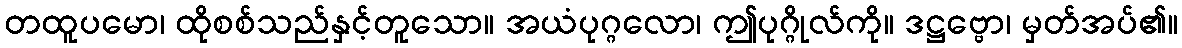
တထူပမော၊ ထိုစစ်သည်နှင့်တူသော။ အယံပုဂ္ဂလော၊ ဤပုဂ္ဂိုလ်ကို။ ဒဋ္ဌဗ္ဗော၊ မှတ်အပ်၏။